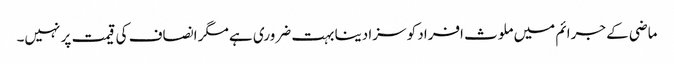
ماضی کے جرائم میں ملوث افراد کو سزا دینا بہت ضروری ہے مگر انصاف کی قیمت پر نہیں۔